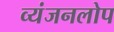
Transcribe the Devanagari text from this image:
व्यंजनलोप